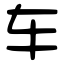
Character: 车